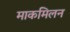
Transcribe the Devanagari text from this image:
माकमिलन